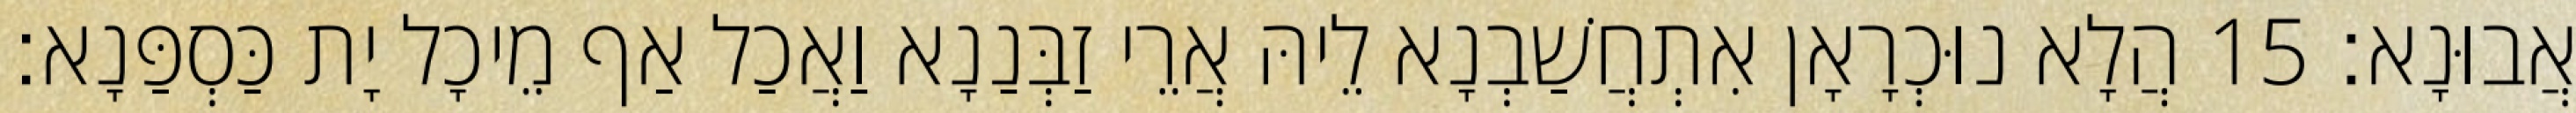
אֲבוּנָא׃ 15 הֲלָא נוּכְרָאָן אִתְחֲשַׁבְנָא לֵיהּ אֲרֵי זַבְּנַנָא וַאֲכַל אַף מֵיכָל יָת כַּסְפַּנָא׃